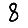
Digit: 8